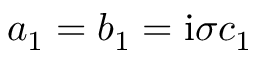
a _ { 1 } = b _ { 1 } = \mathrm { i } \sigma c _ { 1 }